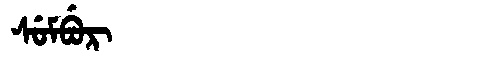
Manchu: ᠰᡠᠮᠪᡠᡵ
Romanization: SUMBUR